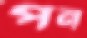
পন্